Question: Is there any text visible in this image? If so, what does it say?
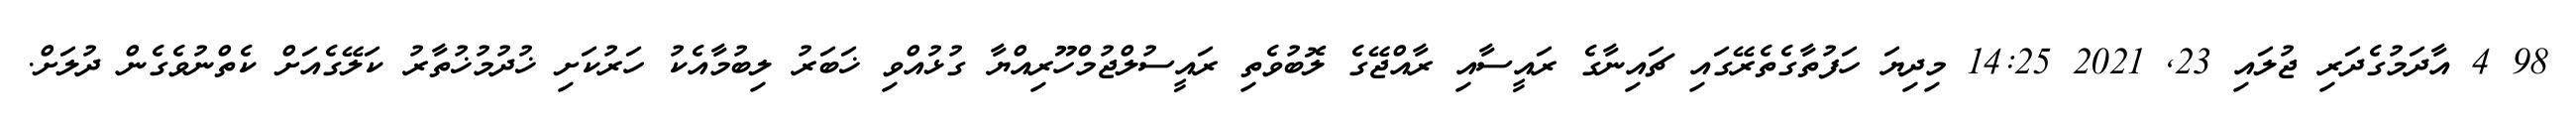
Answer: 98 4 އާދަމުގެދަރި ޖުލައި 23, 2021 14:25 މިދިޔަ ހަފުތާގެތެރޭގައި ޗައިނާގެ ރައީސާއި ރާއްޖޭގެ ލޮބުވެތި ރައީސުލްޖުމްހޫރިއްޔާ ގުޅުއްވި ޚަބަރު ލިބުމާއެކު ހަރުކަށި ޚުދުމުޚުތާރު ކަލޭގެއަށް ކެތްނުވެގެން ދުލަށް.